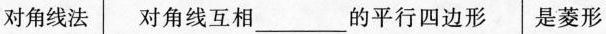
对角线法 对角线互相___的平行四边形| 是菱形